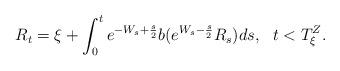
LaTeX: \begin{align*}R_{t}=\xi +\int_{0}^{t}e^{-W_{s}+\frac{s}{2}}b(e^{W_{s}-\frac{s}{2}}R_{s})ds,\ \ t<T_{\xi }^{Z}. \end{align*}